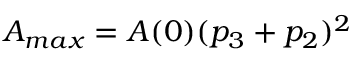
A _ { m a x } = A ( 0 ) ( p _ { 3 } + p _ { 2 } ) ^ { 2 }